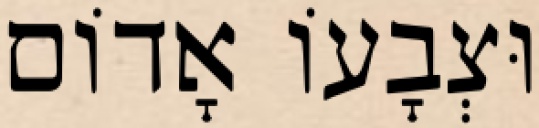
וּצְבָעוֹ אָדוֹם